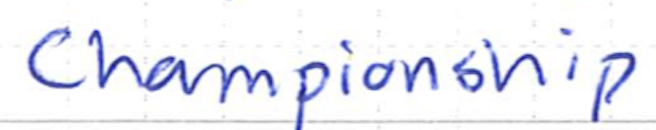
Text: Championship
Cross-out: clean
Writing tool: ballpoint